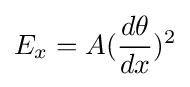
E_{x}=A({\frac {d\theta }{dx}})^{2}